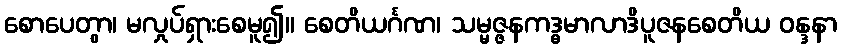
စောပေတွာ၊ မလှုပ်ရှားစေမူ၍။ စေတိယင်္ဂဏ၊ သမ္မဇ္ဇနကဒ္ဓမာလာဒိပူဇနစေတိယ ဝန္ဒနာ